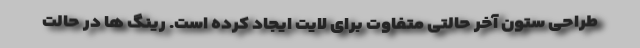
طراحی ستون آخر حالتی متفاوت برای لایت ایجاد کرده است. رینگ ها در حالت